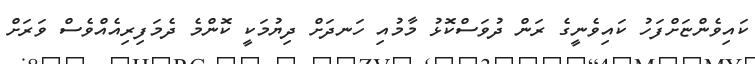
ކައިވެންޏަށްފަހު ކައިވެނީގެ ރަން ދުވަސްކޮޅު މާމުއި ހަނދަށް ދިޔުމަކީ ކޮންމެ ދެމަފިރިއެއްވެސް ވަރަށް